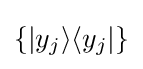
\{|y_{j}\rangle \langle y_{j}|\}